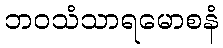
ဘဝသံသာရမောစနံ